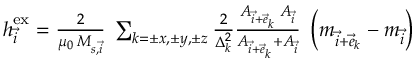
\begin{array} { r } { \boldsymbol { h } _ { \vec { i } } ^ { \mathrm { e x } } = \frac { 2 } { \mu _ { 0 } \, M _ { s , \vec { i } } } \; \sum _ { k = \pm x , \pm y , \pm z } \frac { 2 } { \Delta _ { k } ^ { 2 } } \frac { A _ { \vec { i } + \vec { e } _ { k } } \; A _ { \vec { i } } } { A _ { \vec { i } + \vec { e } _ { k } } + A _ { \vec { i } } } \; \left( \boldsymbol { m } _ { \vec { i } + \vec { e } _ { k } } - \boldsymbol { m } _ { \vec { i } } \right) } \end{array}